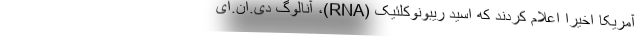
آمریکا اخیرا اعلام کردند که اسید ریبونوکلئیک (RNA)، آنالوگ دی.ان.ای